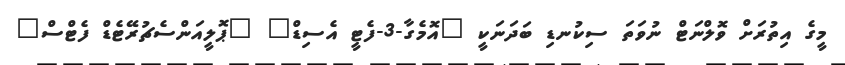
މީގެ އިތުރަށް ވޮލްނަޓް ނުވަތަ ސިކުނޑި ބަދަނަކީ "އޮމެގާ-3-ފެޓީ އެސިޑް" "ޕޮލީއަންސެޗުރޭޓެޑް ފެޓްސް"